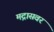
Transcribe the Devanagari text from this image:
मद्रासवर